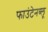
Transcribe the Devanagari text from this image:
फाउंटेनब्‍लू